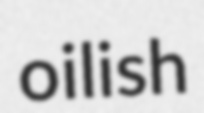
oilish